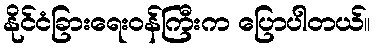
နိုင်ငံခြားရေးဝန်ကြီးက ပြောပါတယ်။